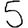
Digit: 5